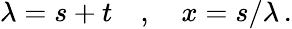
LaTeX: \lambda=s+t\quad,\quad x=s/\lambda\, .